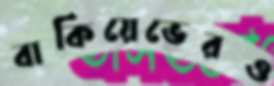
বাকিয়েভেরও